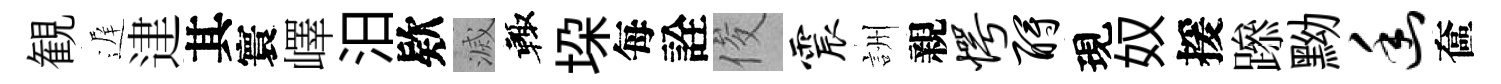
観遅䢖其寰嶧汨欵滅輙垜每詮俊震詶親愕酹現奴援𨅶黝幽奩